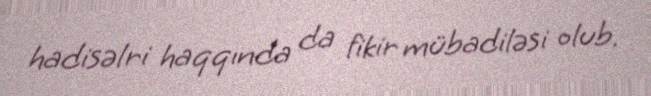
hadisəlri haqqında da fikir mübadiləsi olub.